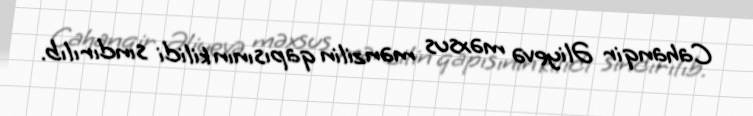
Cahanqir Əliyevə məxsus mənzilin qapısının kilidi sındırılıb.